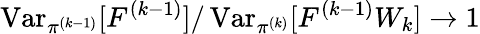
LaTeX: \operatorname{Var}_{\pi^{(k-1)}}[F^{(k-1)}]/\operatorname{Var}_{\pi^{(k)}}[F^{(k-1)}W_{k}]\to 1